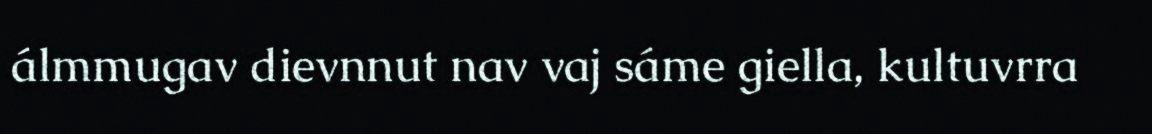
álmmugav dievnnut nav vaj sáme giella, kultuvrra